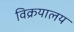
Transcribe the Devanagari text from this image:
विक्रयालय